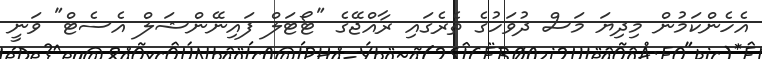
އެހެންކަމުން މިދިޔަ މަސް ދުވަހުގެ ތެރެގައި ރާއްޖޭގެ "ޓޯޓަލް ފައިނޭންޝަލް އެސެޓް" ވަނީ